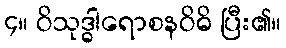
၄။ ဝိသုဒ္ဓါရောစနဝိဓိ ပြီး၏။